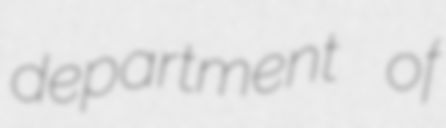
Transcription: department of